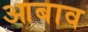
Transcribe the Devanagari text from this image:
आबाव